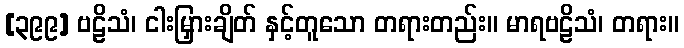
[၃၉၉] ဗဠိသံ၊ ငါးမြှားချိတ် နှင့်တူသော တရားတည်း။ မာရဗဠိသံ၊ တရား။